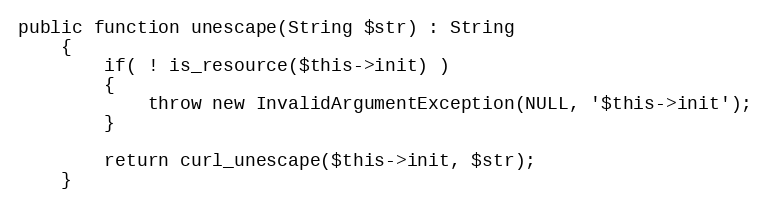
Language: PHP
public function unescape(String $str) : String
    {
        if( ! is_resource($this->init) )
        {
            throw new InvalidArgumentException(NULL, '$this->init');
        }

        return curl_unescape($this->init, $str);
    }